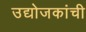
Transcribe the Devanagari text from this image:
उद्योजकांची